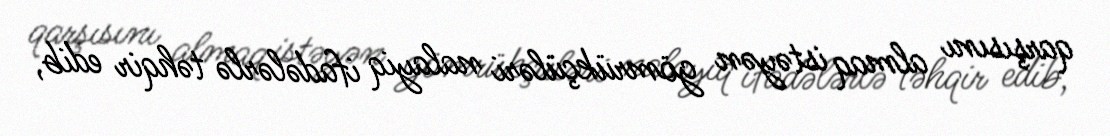
qarşısını almaq istəyən gömrükçüləri nalayiq ifadələrlə təhqir edib,